Indian journal of veterinary science and animal husbandry - Volume 7,
Year: 1937
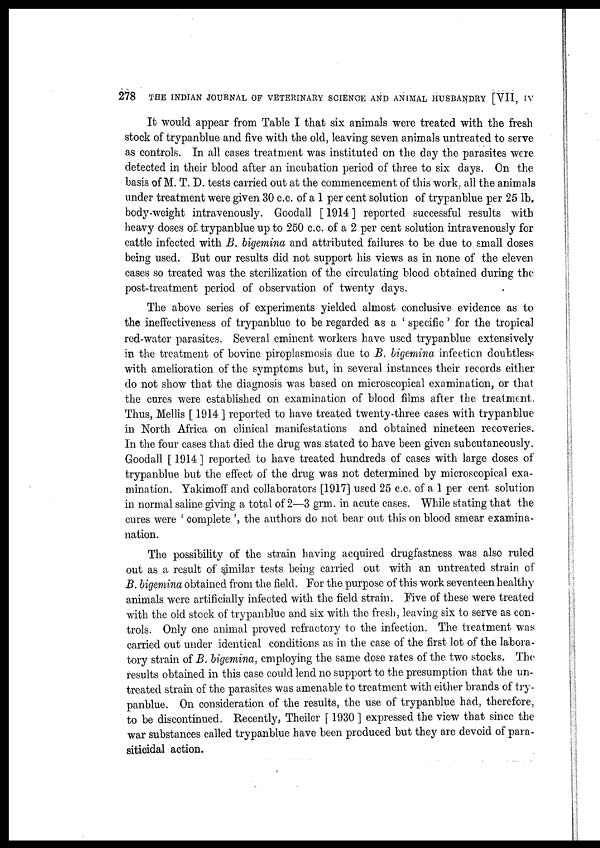
278
THE INDIAN JOURNAL OF VETERINARY SCIENCE AND ANIMAL HUSBANDRY [VII, IV
It would appear from Table I that six animals were treated with the fresh
stock of trypanblue and five with the old, leaving seven animals untreated to serve
as controls. In all cases treatment was instituted on the day the parasites were
detected in their blood after an incubation period of three to six days. On the
basis of M. T. D. tests carried out at the commencement of this work, all the animals
under treatment were given 30 c.c. of a 1 per cent solution of trypanblue per 25 lb.
body-weight intravenously. Goodall [ 1914 ] reported successful results with
heavy doses of trypanblue up to 250 c.c. of a 2 per cent solution intravenously for
cattle infected with B. bigemina and attributed failures to be due to small doses
being used. But our results did not support his views as in none of the eleven
cases so treated was the sterilization of the circulating blood obtained during the
post-treatment period of observation of twenty days.
The above series of experiments yielded almost conclusive evidence as to
the ineffectiveness of trypanblue to be regarded as a ' specific ' for the tropical
red-water parasites. Several eminent workers have used trypanblue extensively
in the treatment of bovine piroplasmosis due to B. bigemina infection doubtless
with amelioration of the symptoms but, in several instances their records either
do not show that the diagnosis was based on microscopical examination, or that
the cures were established on examination of blood films after the treatment.
Thus, Mellis [ 1914 ] reported to have treated twenty-three cases with trypanblue
in North Africa on clinical manifestations and obtained nineteen recoveries.
In the four cases that died the drug was stated to have been given subcutaneously.
Goodall [ 1914 ] reported to have treated hundreds of cases with large doses of
trypanblue but the effect of the drug was not determined by microscopical exa-
mination. Yakimoff and collaborators [1917] used 25 c.c. of a 1 per cent solution
in normal saline giving a total of 2—3 grm. in acute cases. While stating that the
cures were ' complete ', the authors do not bear out this on blood smear examina¬
nation.
The possibility of the strain having acquired drugfastness was also ruled
out as a result of similar tests being carried out with an untreated strain of
B. bigemina obtained from the field. For the purpose of this work seventeen healthy
animals were artificially infected with the field strain. Five of these were treated
with the old stock of trypanblue and six with the fresh, leaving six to serve as con-
trols. Only one animal proved refractory to the infection. The treatment was
carried out under identical conditions as in the case of the first lot of the labora-
tory strain of B. bigemina, employing the same dose rates of the two stocks. The
results obtained in this case could lend no support to the presumption that the un-
treated strain of the parasites was amenable to treatment with either brands of try-
panblue. On consideration of the results, the use of trypanblue had, therefore,
to be discontinued. Recently, Theiler [ 1930 ] expressed the view that since the
war substances called trypanblue have been produced but they are devoid of para¬
siticidal action.